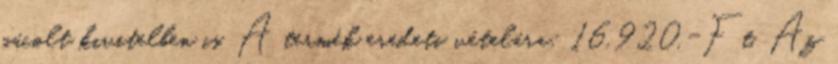
pácolt kivitelben is. A termék eredeti vételára: 16.920.-Ft. Az